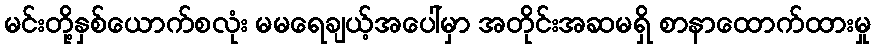
မင်းတို့နှစ်ယောက်စလုံး မမရေချယ့်အပေါ်မှာ အတိုင်းအဆမရှိ စာနာထောက်ထားမှု